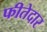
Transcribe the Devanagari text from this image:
फीतेदार